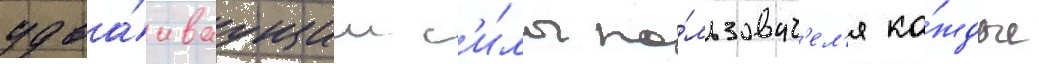
удва́иваущим с'и́лы по́льзоват'ел'я ка́ждые